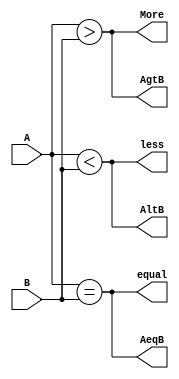
module comparator8bit (
  input [7:0] A,
  input [7:0] B,
  output less,
  output equal,
  output More,
  output AeqB,
  output AltB,
  output AgtB
);

  assign less = (A < B);
  assign equal = (A == B);
  assign More = (A > B);
  assign AeqB = equal;
  assign AltB = less;
  assign AgtB = More;

endmodule